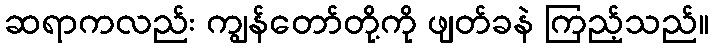
ဆရာကလည်း ကျွန်တော်တို့ကို ဖျတ်ခနဲ ကြည့်သည်။